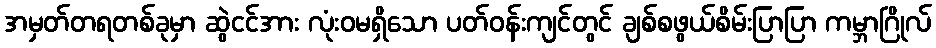
အမှတ်တရတစ်ခုမှာ ဆွဲငင်အား လုံးဝမရှိသော ပတ်ဝန်းကျင်တွင် ချစ်စဖွယ်စိမ်းပြာပြာ ကမ္ဘာဂြိုလ်